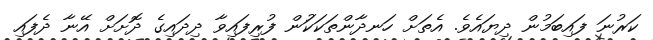
ކަރުނަ ފައިބަމުން ދިޔައެވެ. އެތަށް ހަނދާންތަކަކަުން ފުރިފައިވާ ދިދައިގެ ދޮށަށް އޭނާ ދެފައި